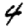
Digit: 4